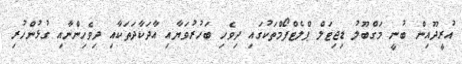
އުރީދޫއިން ބުނީ މަގްބޫލު ޑިޖިޓަލް ޕްލެޓްފޯމްތަކުގައި ދިވެހި ބަހުރުވަޔާއި އާދަކާދަތަކާއި ދިވެހިންނާއި ގުޅުންހުރި